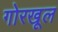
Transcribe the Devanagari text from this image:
गोरखूल